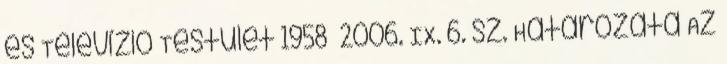
és Televízió Testület 1958 2006. IX. 6. sz. Határozata Az